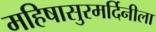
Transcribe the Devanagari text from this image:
महिषासुरमर्दिनीला